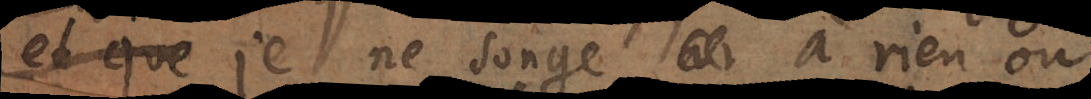
pourquoy je ne songe à rien où